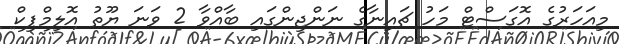
މިއަހަރުގެ އޮގަސްޓް މަހު ޗައިނާގެ ނަންޖިންގައި ބާއްވާ 2 ވަނަ ޔޫތު އޮލިމްޕިކް